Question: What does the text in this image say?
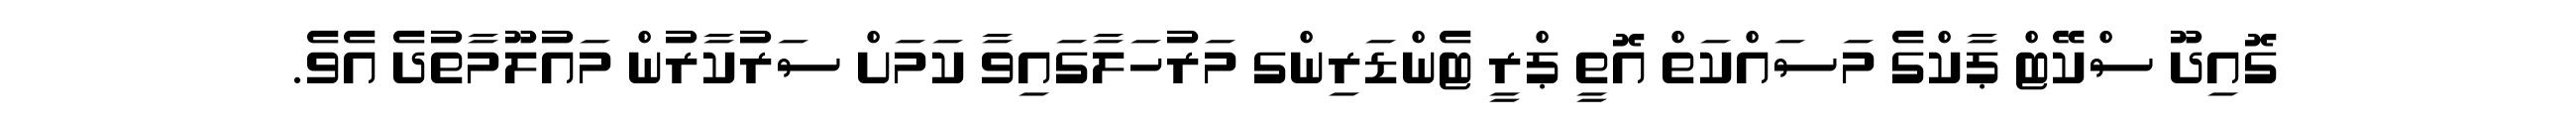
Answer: ގޮއިދޫ ސްކޭޓް ޕާކްގެ މަސައްކަތް އޮތީ ޕްރީ ޓެންޑަރިންގ މަރުހަލާގައިވާ ކަމަށް ސަރުކާރުން މައުލޫމާތުދެ އެވެ.